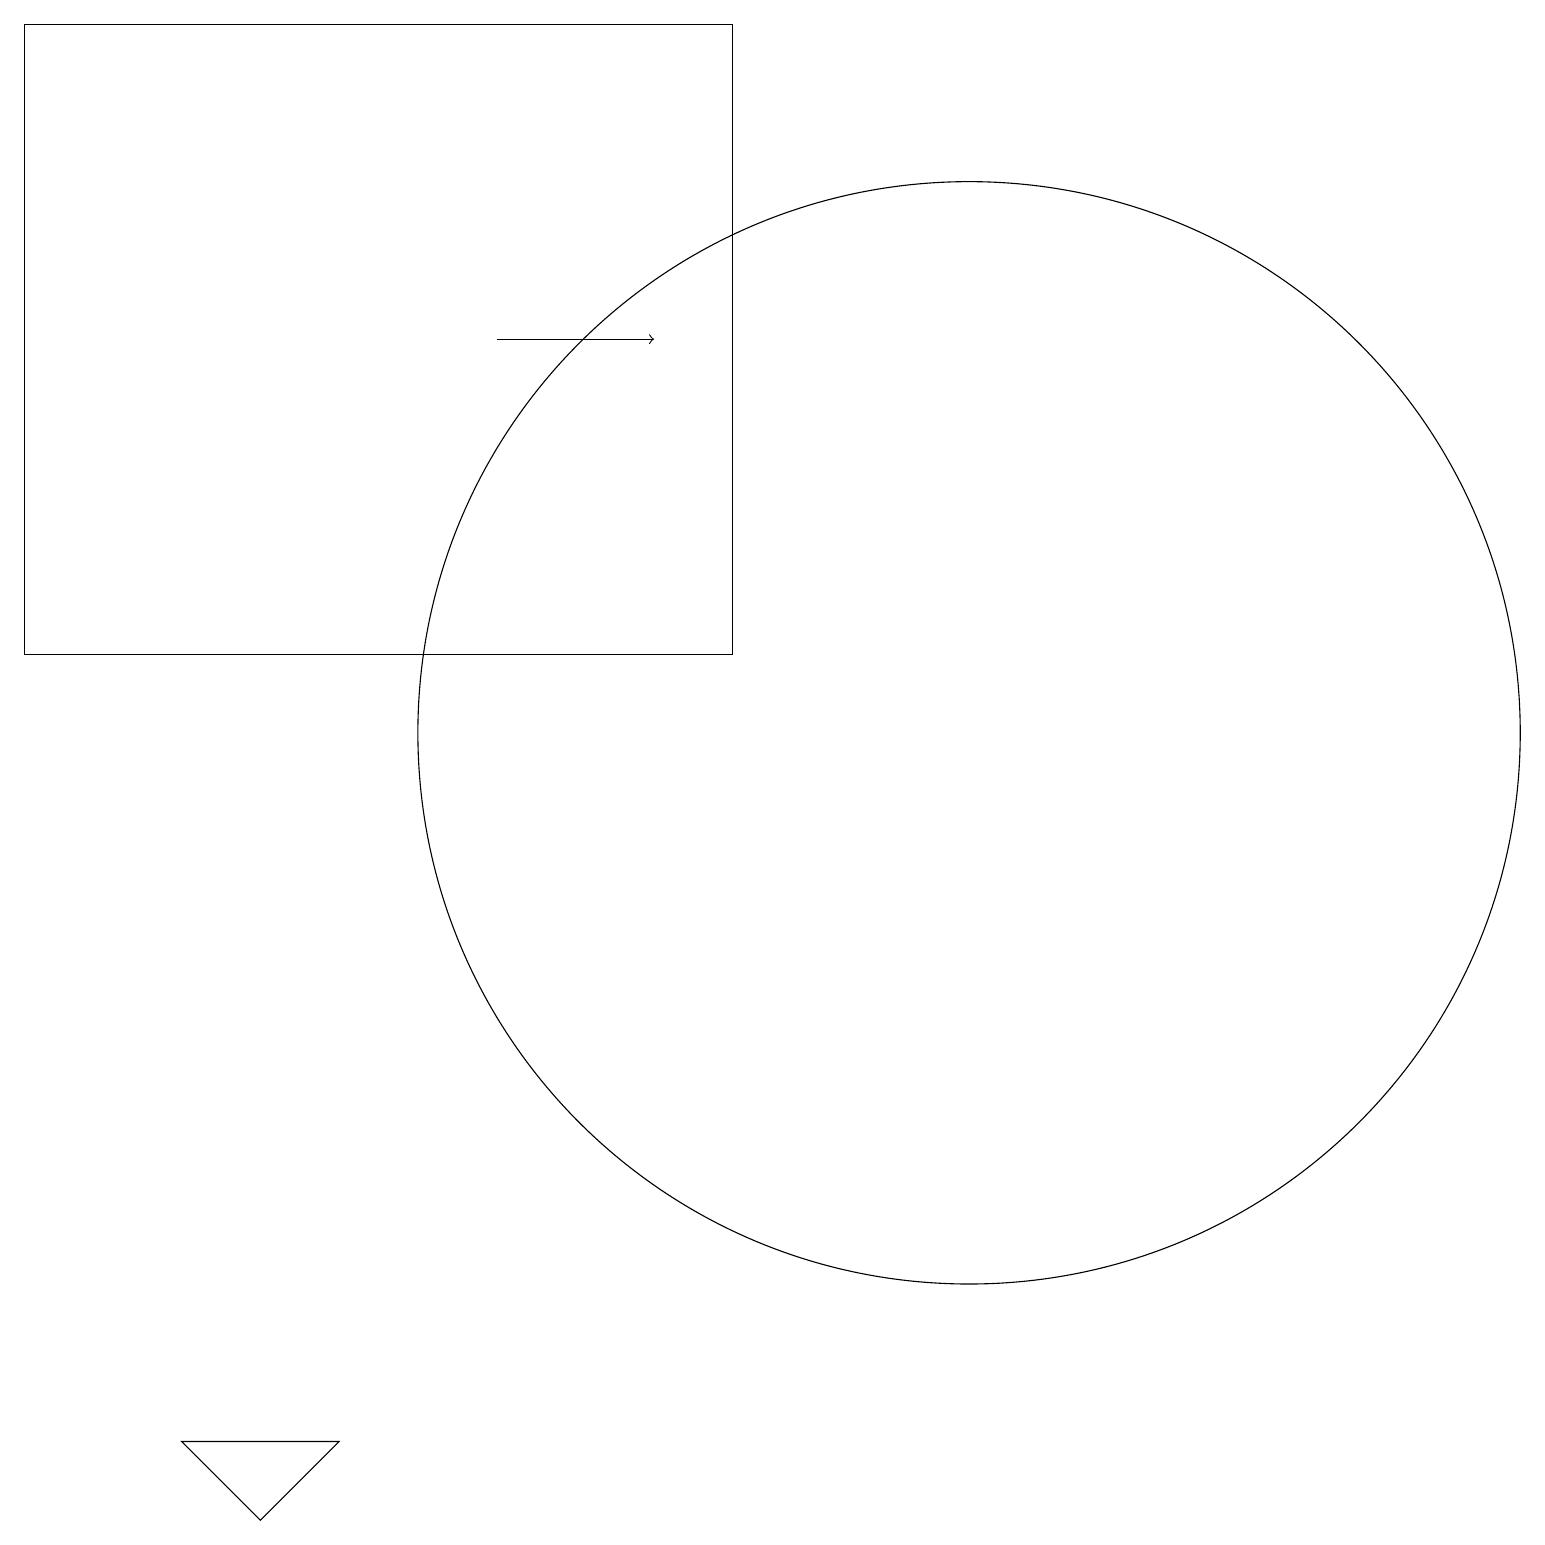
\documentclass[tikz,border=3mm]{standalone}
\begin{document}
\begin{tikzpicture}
\draw[->] (6,15) -- (8,15);
\draw (12,10) circle (7);
\draw (9,19) rectangle (0,11);
\draw (3,0) -- (4,1) -- (2,1) -- cycle;
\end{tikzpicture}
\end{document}